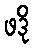
ဖဒို